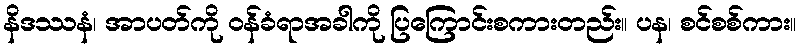
နိဒဿနံ၊ အာပတ်ကို ဝန်ခံရာအခါကို ပြကြောင်းစကားတည်း။ ပန၊ စင်စစ်ကား။